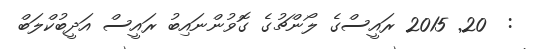
:  20